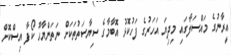
އީރާނުގެ މައްސަލާގައި މިދިޔަ އަހަރުގެ ފަހުކޮޅު އޮބާމާގެ ސިޔާސަތުތަކަށް ނަތަންޔާހޫ ކޯފާ އިސްކޮށް